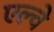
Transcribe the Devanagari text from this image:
एल्चे